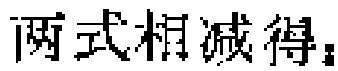
两式相减得：